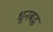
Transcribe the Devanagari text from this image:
धुनबद्ध